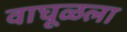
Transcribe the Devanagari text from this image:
वाघूळला